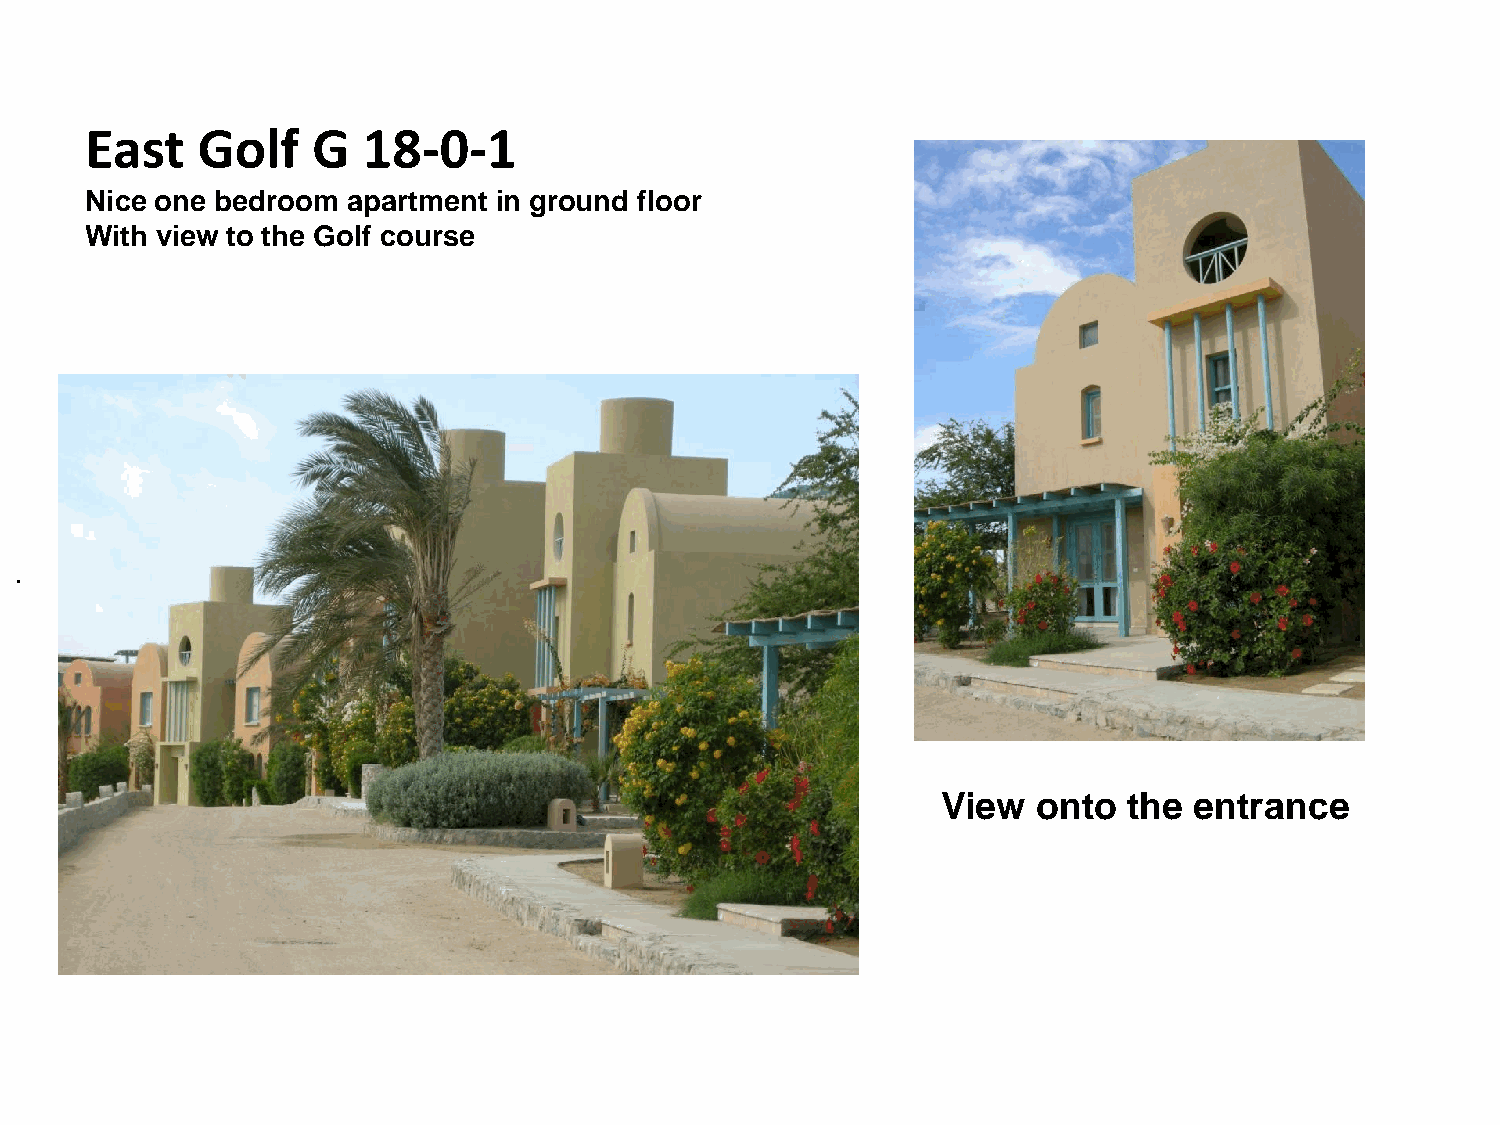
East   Golf    G  18-0-1
 Nice one bedroom apartment in ground floor
 With view to the Golf course
 .
 View   onto  the entrance